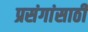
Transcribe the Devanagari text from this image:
प्रसंगांसाठी